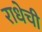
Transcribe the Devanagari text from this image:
राधेची